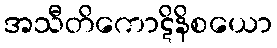
အသီတိကောဋိနိစယော